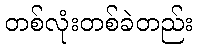
တစ်လုံးတစ်ခဲတည်း